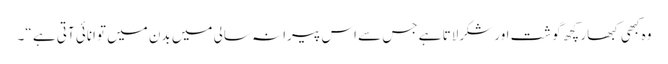
وہ کبھی کبھار کچھ گوشت اور شکرلاتا ہے جس سے اس پیرانہ سالی میں بدن میں توانائی آتی ہے “۔